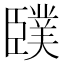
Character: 䑑